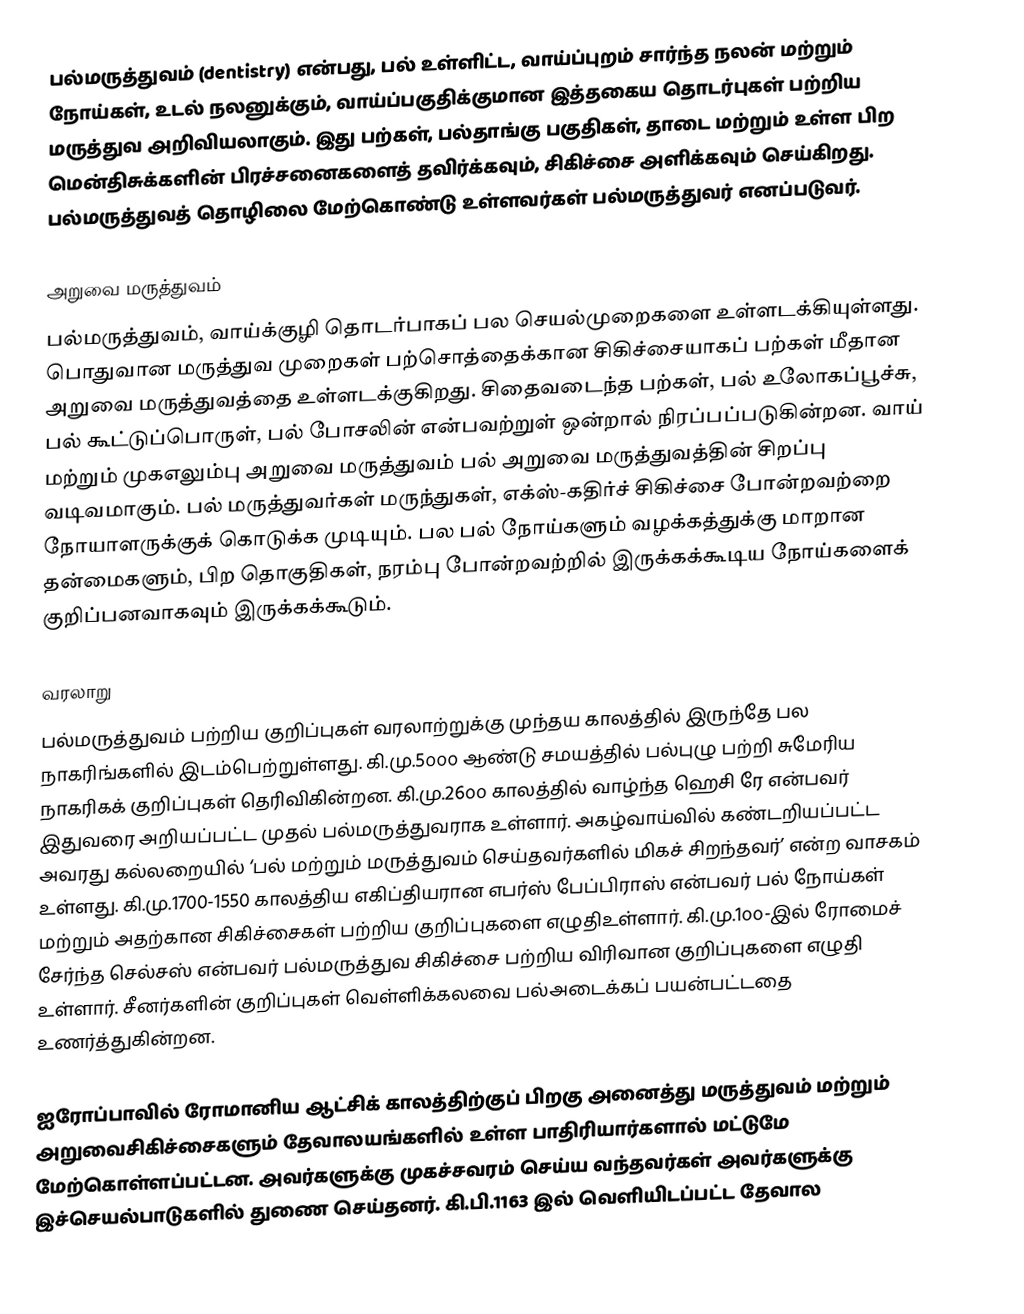
பல்மருத்துவம் (dentistry) என்பது, பல் உள்ளிட்ட, வாய்ப்புறம் சார்ந்த நலன் மற்றும் நோய்கள், உடல் நலனுக்கும், வாய்ப்பகுதிக்குமான இத்தகைய தொடர்புகள் பற்றிய மருத்துவ அறிவியலாகும். இது பற்கள், பல்தாங்கு பகுதிகள், தாடை மற்றும் உள்ள பிற மென்திசுக்களின் பிரச்சனைகளைத் தவிர்க்கவும், சிகிச்சை அளிக்கவும் செய்கிறது. பல்மருத்துவத் தொழிலை மேற்கொண்டு உள்ளவர்கள் பல்மருத்துவர் எனப்படுவர்.

அறுவை மருத்துவம்
பல்மருத்துவம், வாய்க்குழி தொடர்பாகப் பல செயல்முறைகளை உள்ளடக்கியுள்ளது. பொதுவான மருத்துவ முறைகள் பற்சொத்தைக்கான சிகிச்சையாகப் பற்கள் மீதான அறுவை மருத்துவத்தை உள்ளடக்குகிறது. சிதைவடைந்த பற்கள், பல் உலோகப்பூச்சு, பல் கூட்டுப்பொருள், பல் போசலின் என்பவற்றுள் ஒன்றால் நிரப்பப்படுகின்றன. வாய் மற்றும் முகஎலும்பு அறுவை மருத்துவம் பல் அறுவை மருத்துவத்தின் சிறப்பு வடிவமாகும். பல் மருத்துவர்கள் மருந்துகள், எக்ஸ்-கதிர்ச் சிகிச்சை போன்றவற்றை நோயாளருக்குக் கொடுக்க முடியும். பல பல் நோய்களும் வழக்கத்துக்கு மாறான தன்மைகளும், பிற தொகுதிகள், நரம்பு போன்றவற்றில் இருக்கக்கூடிய நோய்களைக் குறிப்பனவாகவும் இருக்கக்கூடும்.

வரலாறு
பல்மருத்துவம் பற்றிய குறிப்புகள் வரலாற்றுக்கு முந்தய காலத்தில் இருந்தே பல நாகரிங்களில் இடம்பெற்றுள்ளது.  கி.மு.5௦௦௦ ஆண்டு சமயத்தில் பல்புழு பற்றி சுமேரிய நாகரிகக் குறிப்புகள் தெரிவிகின்றன. கி.மு.26௦௦ காலத்தில் வாழ்ந்த ஹெசி ரே என்பவர் இதுவரை அறியப்பட்ட முதல் பல்மருத்துவராக உள்ளார். அகழ்வாய்வில் கண்டறியப்பட்ட அவரது கல்லறையில் ‘பல் மற்றும் மருத்துவம் செய்தவர்களில் மிகச் சிறந்தவர்’ என்ற வாசகம் உள்ளது. கி.மு.1700-1550 காலத்திய எகிப்தியரான எபர்ஸ் பேப்பிராஸ் என்பவர் பல் நோய்கள் மற்றும் அதற்கான சிகிச்சைகள் பற்றிய குறிப்புகளை எழுதிஉள்ளார். கி.மு.1௦௦-இல் ரோமைச் சேர்ந்த செல்சஸ் என்பவர் பல்மருத்துவ சிகிச்சை பற்றிய விரிவான குறிப்புகளை எழுதி உள்ளார். சீனர்களின் குறிப்புகள் வெள்ளிக்கலவை பல்அடைக்கப் பயன்பட்டதை உணர்த்துகின்றன.

ஐரோப்பாவில் ரோமானிய ஆட்சிக் காலத்திற்குப் பிறகு அனைத்து மருத்துவம் மற்றும் அறுவைசிகிச்சைகளும் தேவாலயங்களில் உள்ள பாதிரியார்களால்  மட்டுமே மேற்கொள்ளப்பட்டன. அவர்களுக்கு முகச்சவரம் செய்ய வந்தவர்கள் அவர்களுக்கு இச்செயல்பாடுகளில் துணை செய்தனர். கி.பி.1163 இல் வெளியிடப்பட்ட தேவால